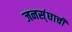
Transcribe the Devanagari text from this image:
जनस्ंघाची